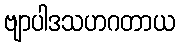
ဗျာပါဒသဟဂတာယ